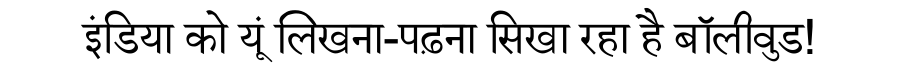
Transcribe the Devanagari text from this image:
इंडिया को यूं लिखना-पढ़ना सिखा रहा है बॉलीवुड!